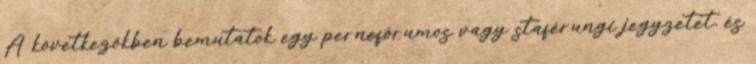
A következőkben bemutatok egy pernefórumos vagy staférungi jegyzetet, és